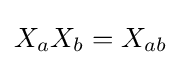
X_{a}X_{b}=X_{ab}